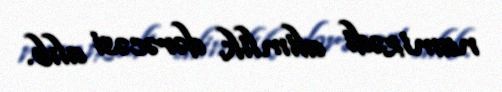
namizədi alimlik dərəcəsi alıb.